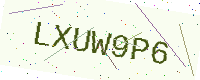
Text: LXUW9P6